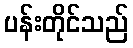
ပန်းတိုင်သည်